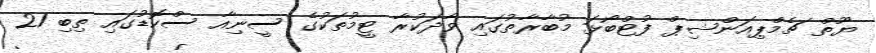
ޔޫތް ޗެމްޕިއަންޝިޕް ފުޓްބޯޅަ މުބާރާތުގައި ވާދަކުރާ ޓީމުތަކުގެ ސީނިއާ ސްކޮޑުގައި ތިބި 21